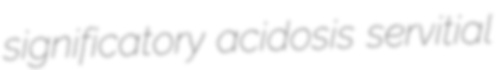
significatory acidosis servitial